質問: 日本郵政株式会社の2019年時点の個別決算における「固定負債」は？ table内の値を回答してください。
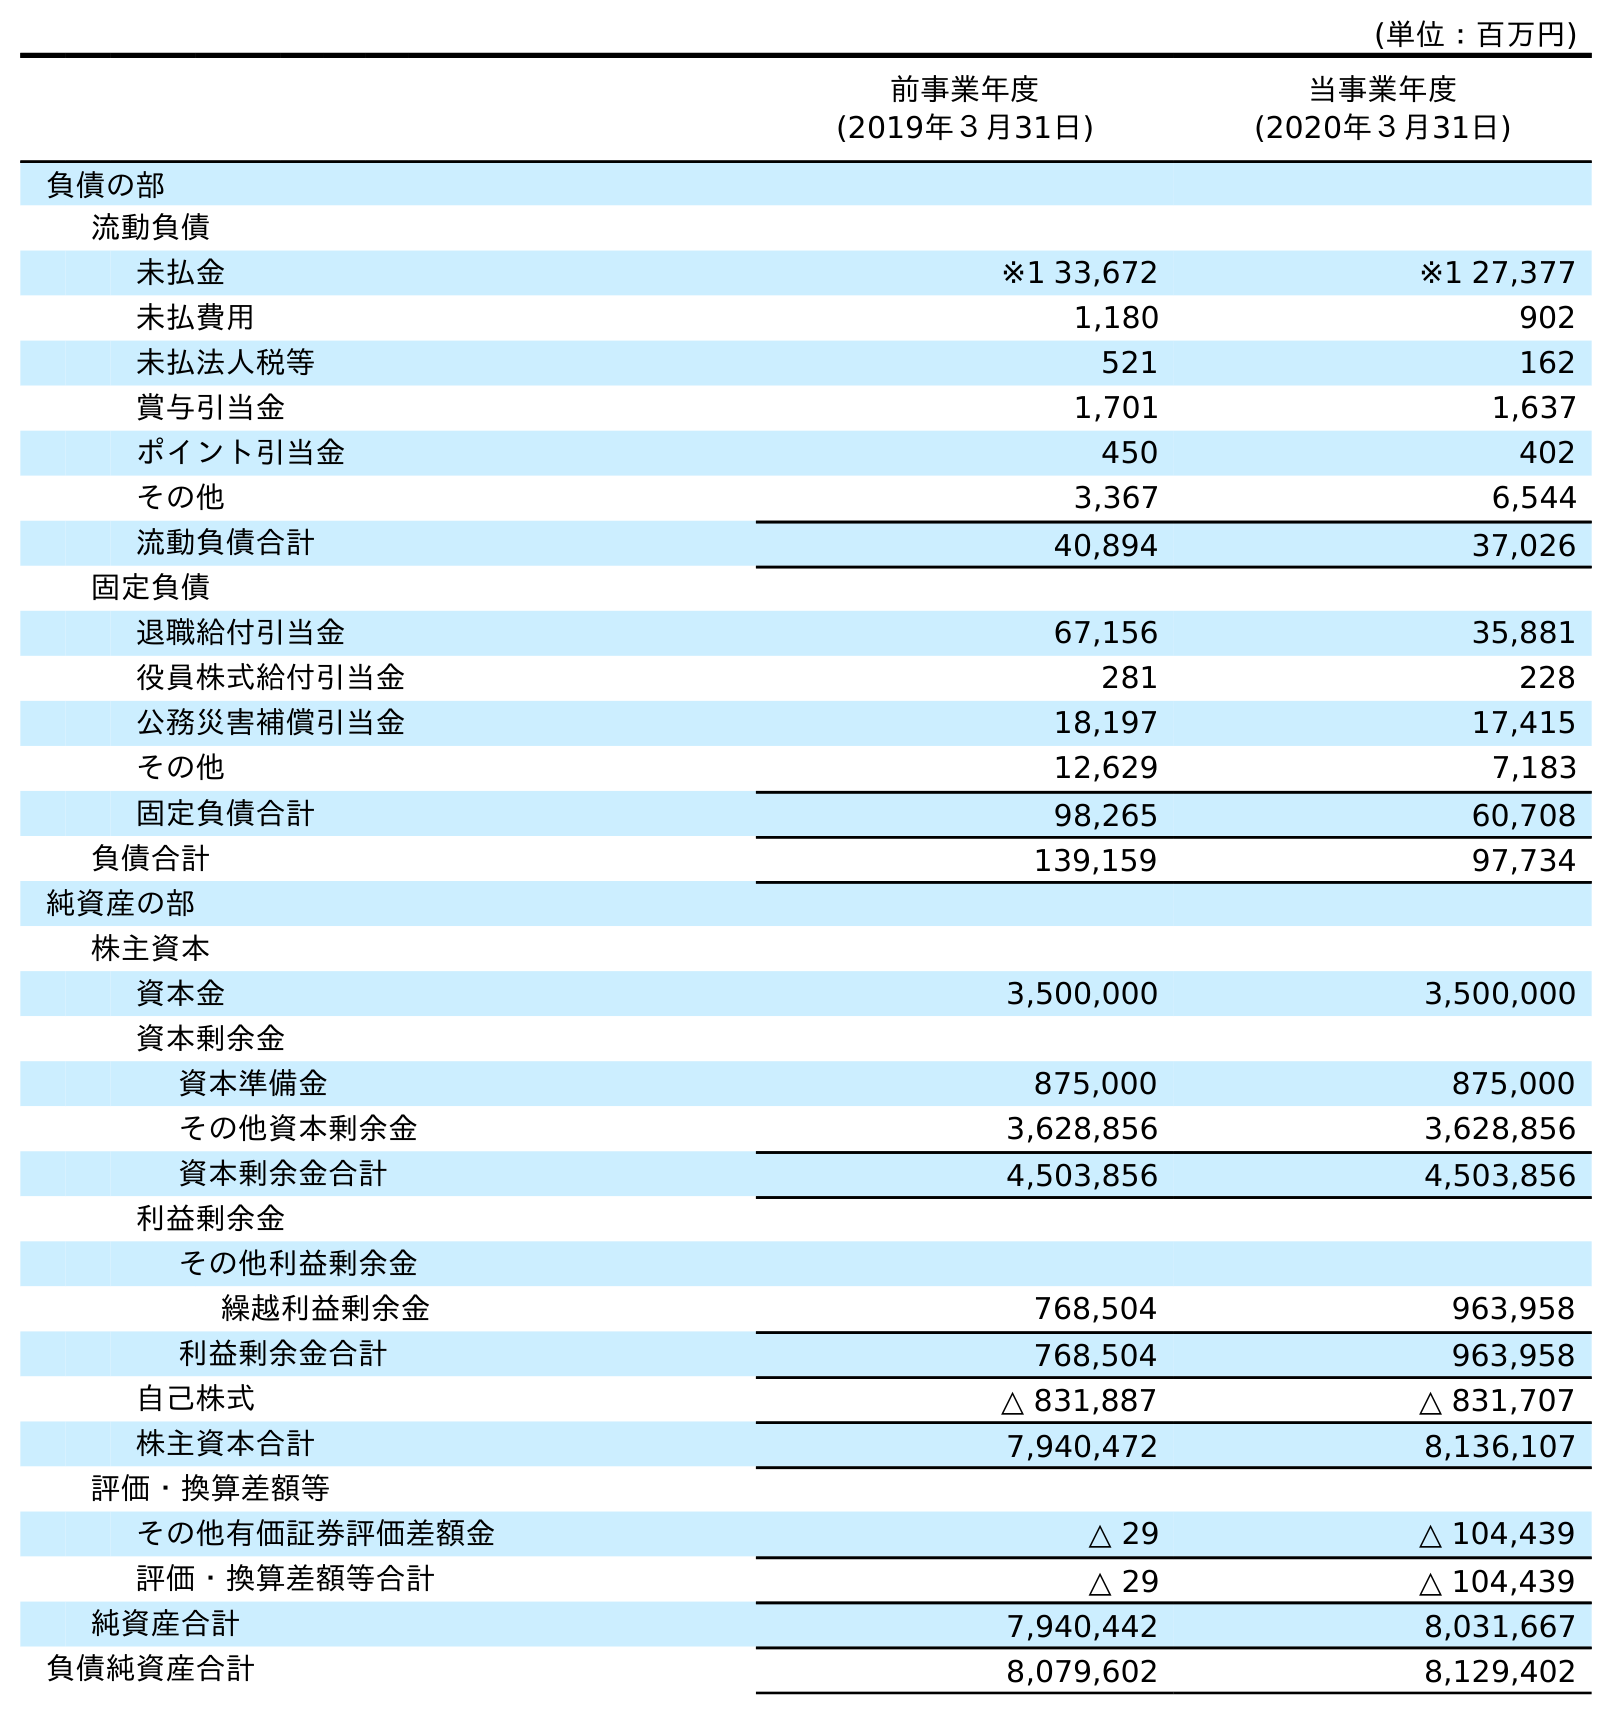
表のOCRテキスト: (単位：百万円) 前事業年度 (2019年３月31日) 当事業年度 (2020年３月31日) 負債の部 流動負債 未払金 ※1 33,672 ※1 27,377 未払費用 1,180 902 未払法人税等 521 162 賞与引当金 1,701 1,637 ポイント引当金 450 402 その他 3,367 6,544 流動負債合計 40,894 37,026 固定負債 退職給付引当金 67,156 35,881 役員株式給付引当金 281 228 公務災害補償引当金 18,197 17,415 その他 12,629 7,183 固定負債合計 98,265 60,708 負債合計 139,159 97,734 純資産の部 株主資本 資本金 3,500,000 3,500,000 資本剰余金 資本準備金 875,000 875,000 その他資本剰余金 3,628,856 3,628,856 資本剰余金合計 4,503,856 4,503,856 利益剰余金 その他利益剰余金 繰越利益剰余金 768,504 963,958 利益剰余金合計 768,504 963,958 自己株式 △ 831,887 △ 831,707 株主資本合計 7,940,472 8,136,107 評価・換算差額等 その他有価証券評価差額金 △ 29 △ 104,439 評価・換算差額等合計 △ 29 △ 104,439 純資産合計 7,940,442 8,031,667 負債純資産合計 8,079,602 8,129,402
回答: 98,265